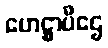
ဟေဋ္ဌာပီဌေ